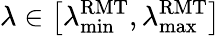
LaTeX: \lambda\in\left[\lambda_{\operatorname*{min}}^{\mathrm{RMT}},\lambda_{\operatorname*{max}}^{\mathrm{RMT}}\right]